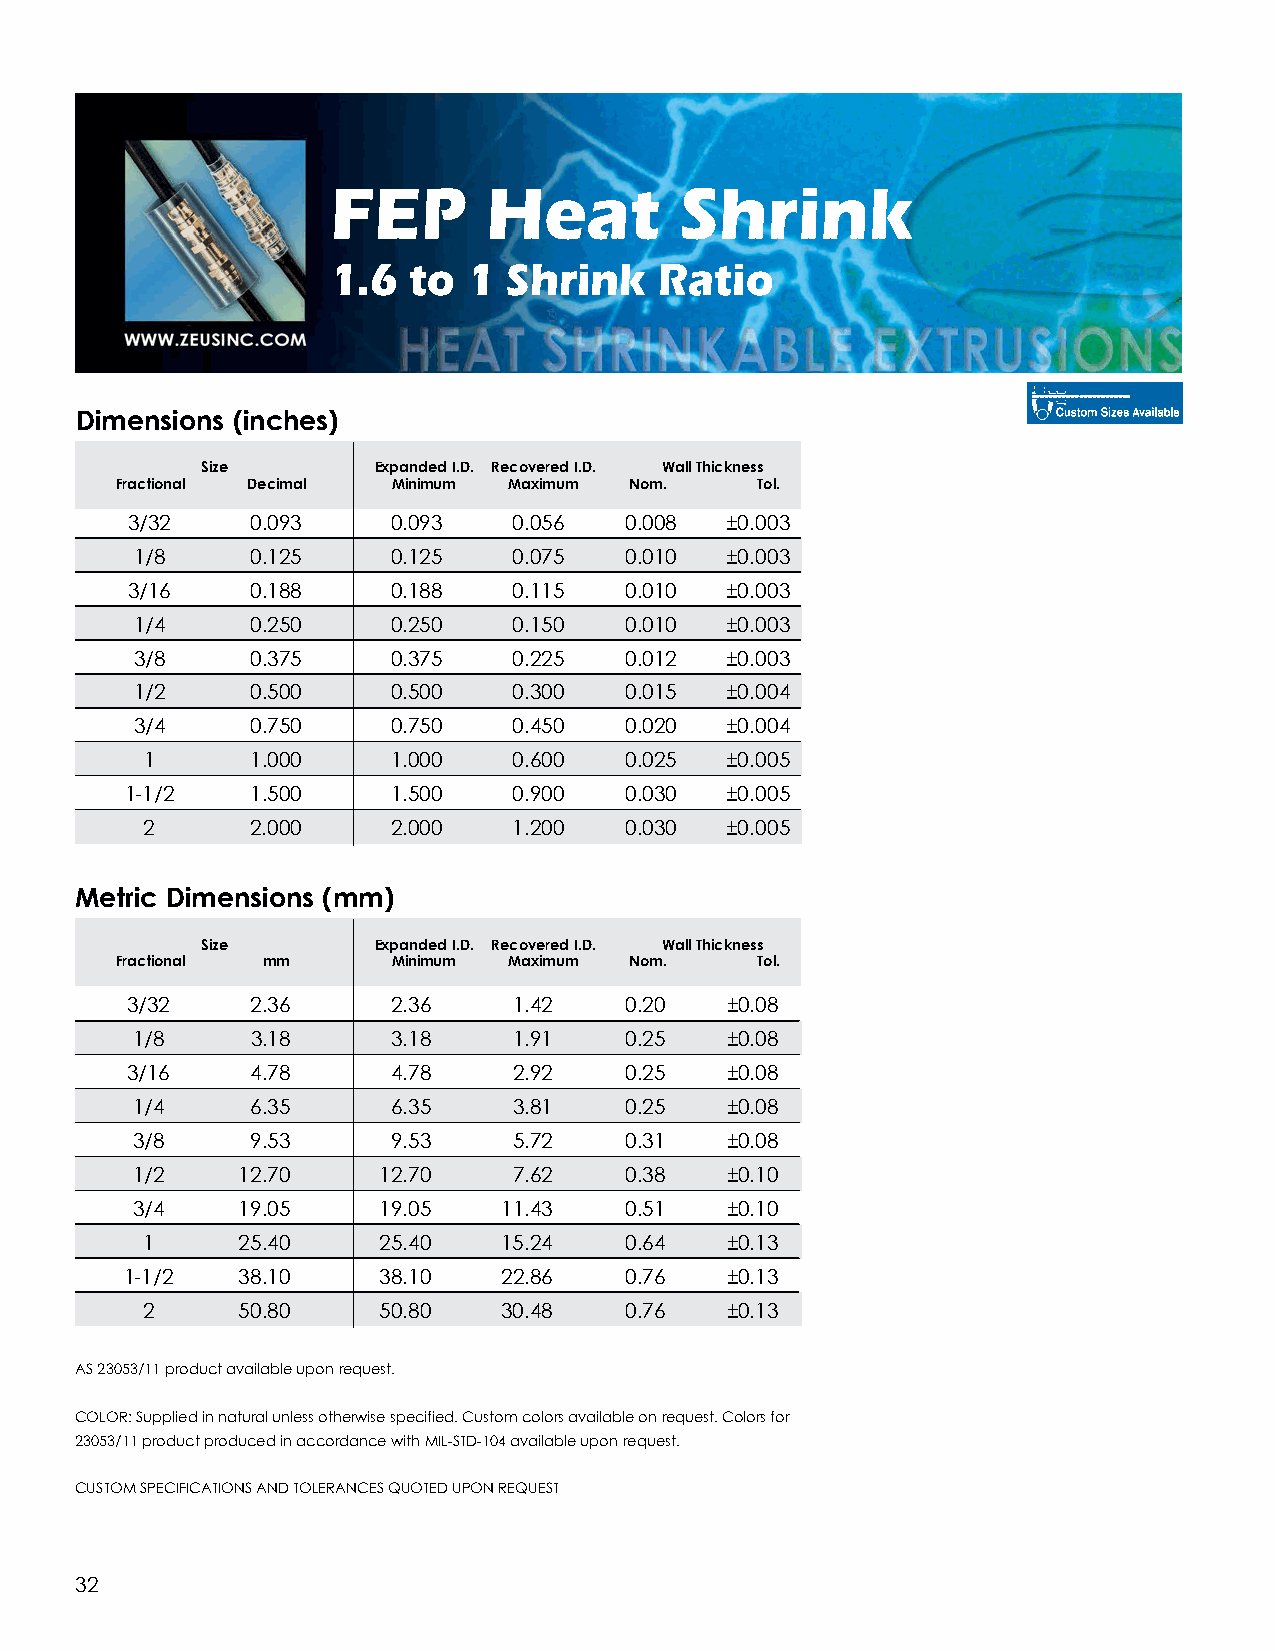
FEP       Heat         Shrink
 1.6  to  1  Shrink    Ratio
 Dimensions (inches)
 Size        Expanded I.D. Recovered I.D. Wall Thickness
 Fractional Decimal Minimum Maximum Nom.   Tol.
 3/32     0.093    0.093   0.056  0.008  ±0.003
 1/8     0.125    0.125   0.075  0.010  ±0.003
 3/16     0.188    0.188   0.115  0.010  ±0.003
 1/4     0.250    0.250   0.150  0.010  ±0.003
 3/8     0.375    0.375   0.225  0.012  ±0.003
 1/2     0.500    0.500   0.300  0.015  ±0.004
 3/4     0.750    0.750   0.450  0.020  ±0.004
 1      1.000    1.000   0.600  0.025  ±0.005
 1-1/2    1.500    1.500   0.900  0.030  ±0.005
 2       2.000    2.000   1.200  0.030  ±0.005
 Metric Dimensions (mm)
 Size        Expanded I.D. Recovered I.D. Wall Thickness
 Fractional mm     Minimum Maximum Nom.    Tol.
 3/32     2.36     2.36    1.42   0.20   ±0.08
 1/8     3.18     3.18    1.91   0.25   ±0.08
 3/16     4.78     4.78    2.92   0.25   ±0.08
 1/4     6.35     6.35    3.81   0.25   ±0.08
 3/8     9.53     9.53    5.72   0.31   ±0.08
 1/2    12.70    12.70    7.62   0.38   ±0.10
 3/4    19.05    19.05   11.43   0.51   ±0.10
 1      25.40    25.40   15.24   0.64   ±0.13
 1-1/2   38.10    38.10   22.86   0.76   ±0.13
 2      50.80    50.80   30.48   0.76   ±0.13
 AS 23053/11 product available upon request.
 COLOR: Supplied in natural unless otherwise specified. Custom colors available on request. Colors for
 23053/11 product produced in accordance with MIL-STD-104 available upon request.
 CUSTOM SPECIFICATIONS AND TOLERANCES QUOTED UPON REQUEST
 32